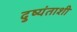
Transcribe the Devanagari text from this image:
दुष्यंताशी